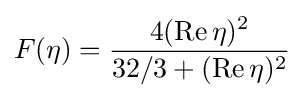
F(\eta )={\frac {4({\rm {Re}}\,\eta )^{2}}{32/3+({\rm {Re}}\,\eta )^{2}}}